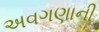
અવગણાની